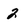
Character: 2